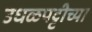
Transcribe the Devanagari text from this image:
उधळपट्टीच्या